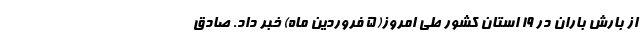
از بارش باران در ۱۹ استان کشور طی امروز(۵ فروردین ماه) خبر داد. صادق